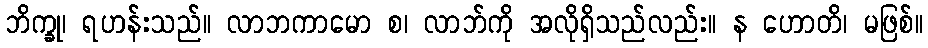
ဘိက္ခု၊ ရဟန်းသည်။ လာဘကာမော စ၊ လာဘ်ကို အလိုရှိသည်လည်း။ န ဟောတိ၊ မဖြစ်။